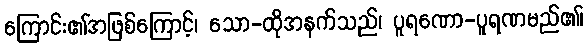
ကြောင်း၏အဖြစ်ကြောင့်၊ သော-ထိုအနက်သည်၊ ပူရဏော-ပူရဏမည်၏၊